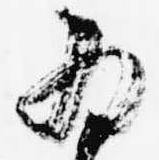
為